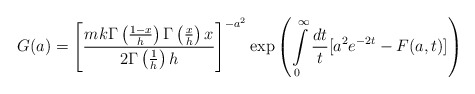
\begin{align*}G(a) =\left[ \frac{mk\Gamma \left( \frac{1-x}{h}\right) \Gamma\left( \frac{x}{h}\right) x}{2\Gamma \left( \frac{1}{h}\right) h}\right] ^{-a^{2}}\exp \left( \int\limits_{0}^{\infty }\frac{dt}{t}[a^{2}e^{-2t}-F(a,t)]\right) \end{align*}